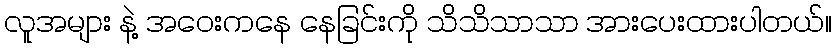
လူအများ နဲ့ အဝေးကနေ နေခြင်းကို သိသိသာသာ အားပေးထားပါတယ်။